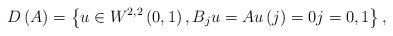
LaTeX: \begin{align*}D\left( A\right) =\left\{ u\in W^{2,2}\left( 0,1\right) ,B_{j}u=Au\left( j\right) =0j=0,1\right\} , \end{align*}